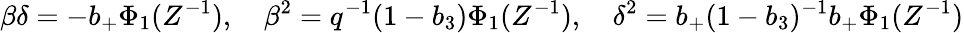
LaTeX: \beta\delta=-b_{+}\Phi_{1}(Z^{-1}),\quad\beta^{2}=q^{-1}(1-b_{3})\Phi_{1}(Z^{-1}),\quad\delta^{2}=b_{+}(1-b_{3})^{-1}b_{+}\Phi_{1}(Z^{-1})